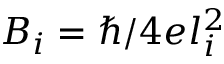
B _ { i } = \hbar / 4 e l _ { i } ^ { 2 }